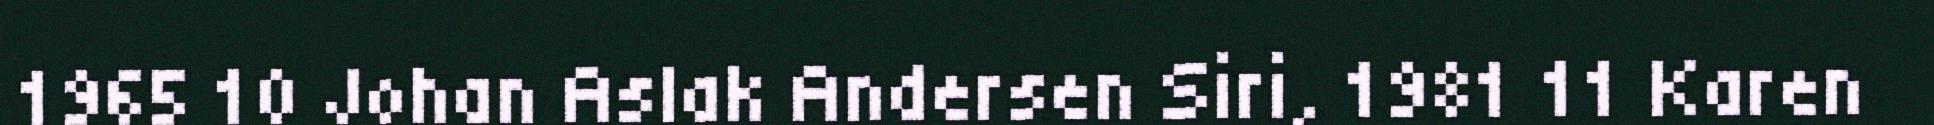
1965 10 Johan Aslak Andersen Siri, 1981 11 Karen